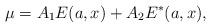
LaTeX: \begin{align*}\mu = A_1E(a,x)+A_2E^*(a,x),\end{align*}